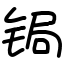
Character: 锔